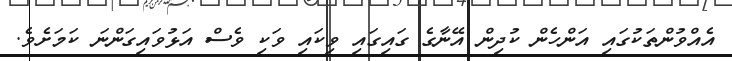
އެއްވުންތަކުގައި އަންހެން ކުދިން އޭނާގެ ގައިގައި ވިކައި ވަކި ވެސް އަޅުވައިގަންނަ ކަމަށެވެ.